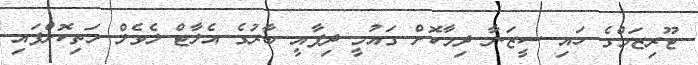
ޓޫރިޒަމްގެ ހައި ސީޒަނާ ދިމާކޮށް ގައުމީ ދިފާއީ ބާރުގެ އެލާޓް ލެވެލް މަތިކޮށްފައި